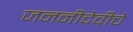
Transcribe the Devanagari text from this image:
जननीदेवीचे